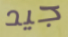
جيد